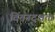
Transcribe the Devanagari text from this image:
चिंतनदक्षता